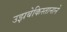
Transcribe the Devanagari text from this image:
उझबेकिस्तानाने